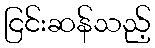
ငြင်းဆန်သည့်